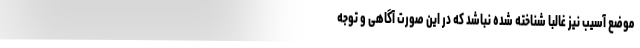
موضع آسیب نیز غالباً شناخته شده نباشد که در این صورت آگاهی و توجه